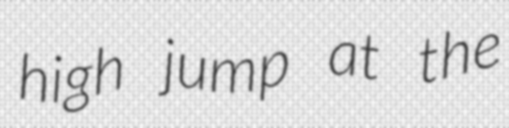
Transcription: high jump at the